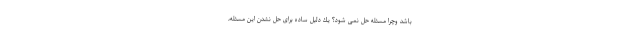
باشد وچرا مسئله حل نمی شود؟ يك دليل ساده برای حل نشدن این مسئله،